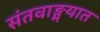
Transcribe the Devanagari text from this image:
संतवाङ्मयात